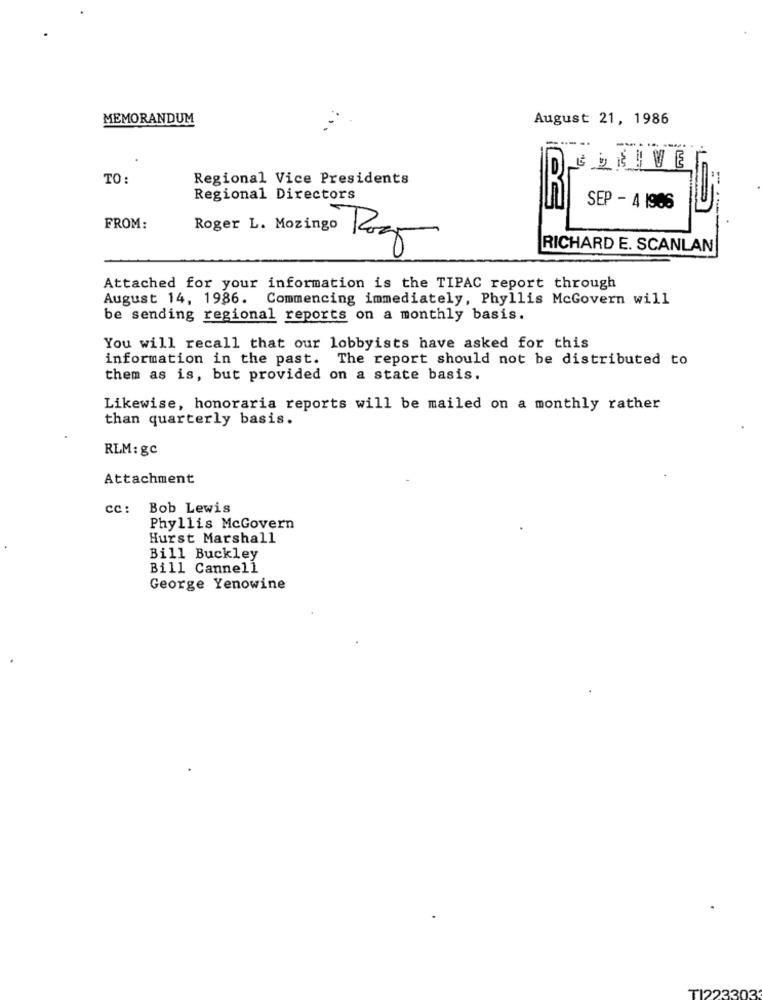
MEMORANDUM
August 21, 1986
==:-
-....
.19
GDRIVE
TO:
Regional Vice Presidents
Regional Directors
SEP - 4 1986
FROM:
Roger L. Mozingo Logo
RICHARD E. SCANLAN
Attached for your information is the TIPAC report through
August 14, 1986. Commencing immediately, Phyllis McGovern will
metson
be sending regional reports on a monthly basis.
You will recall that our lobbyists have asked for this
information in the past. The report should not be distributed to
them as is, but provided on a state basis.
Likewise, honoraria reports will be mailed on a monthly rather
than quarterly basis.
RLM: gc
Attachment
cc: Bob Lewis
Phyllis McGovern
Hurst Marshall
Bill Buckley
Bill Cannell
George Yenowine
TI223303